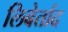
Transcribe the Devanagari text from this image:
लिबेर्ताद